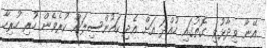
އޭނާ ވިދާޅުވި ގޮތުގައި ހުއްދަ އަށް އެދި ކައުންސިލަށް ކުރެވެން ހުރި ހުރިހާ